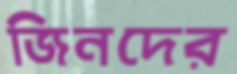
জিনদের